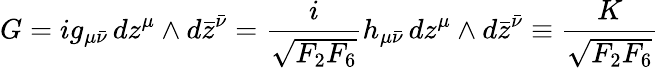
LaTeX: G=ig_{\mu\bar{\nu}}\, dz^{\mu}\wedge d\bar{z}^{\bar{\nu}}={\frac{i}{\sqrt{F_{2}F_{6}}}}h_{\mu\bar{\nu}}\, dz^{\mu}\wedge d\bar{z}^{\bar{\nu}}\equiv{\frac{K}{\sqrt{F_{2}F_{6}}}}